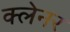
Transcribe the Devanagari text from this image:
क्लेनर